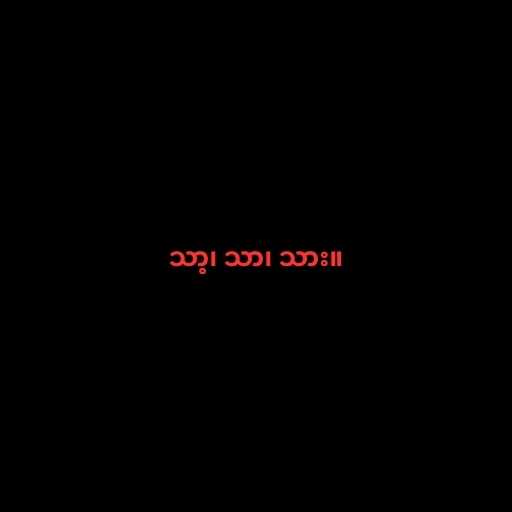
သာ့၊ သာ၊ သား။